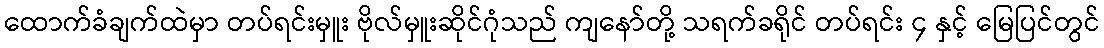
ထောက်ခံချက်ထဲမှာ တပ်ရင်းမှူး ဗိုလ်မှူးဆိုင်ဂုံသည် ကျနော်တို့ သရက်ခရိုင် တပ်ရင်း ၄ နှင့် မြေပြင်တွင်